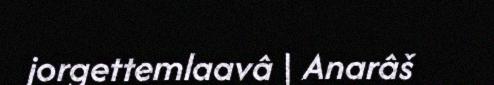
jorgettemlaavâ | Anarâš